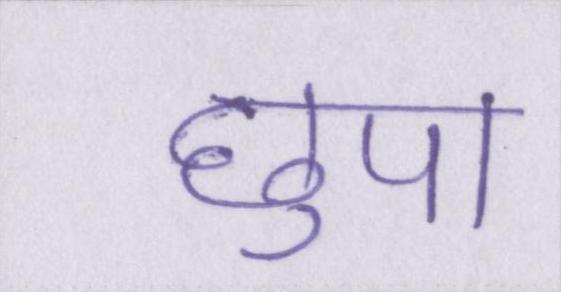
छुपा